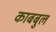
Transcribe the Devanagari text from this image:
काबबुल